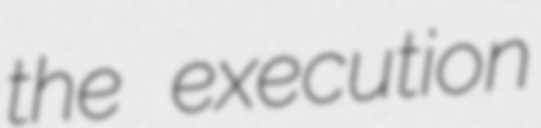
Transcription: the execution